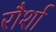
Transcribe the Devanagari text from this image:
रौर्शा